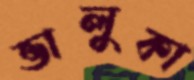
ভালুকা